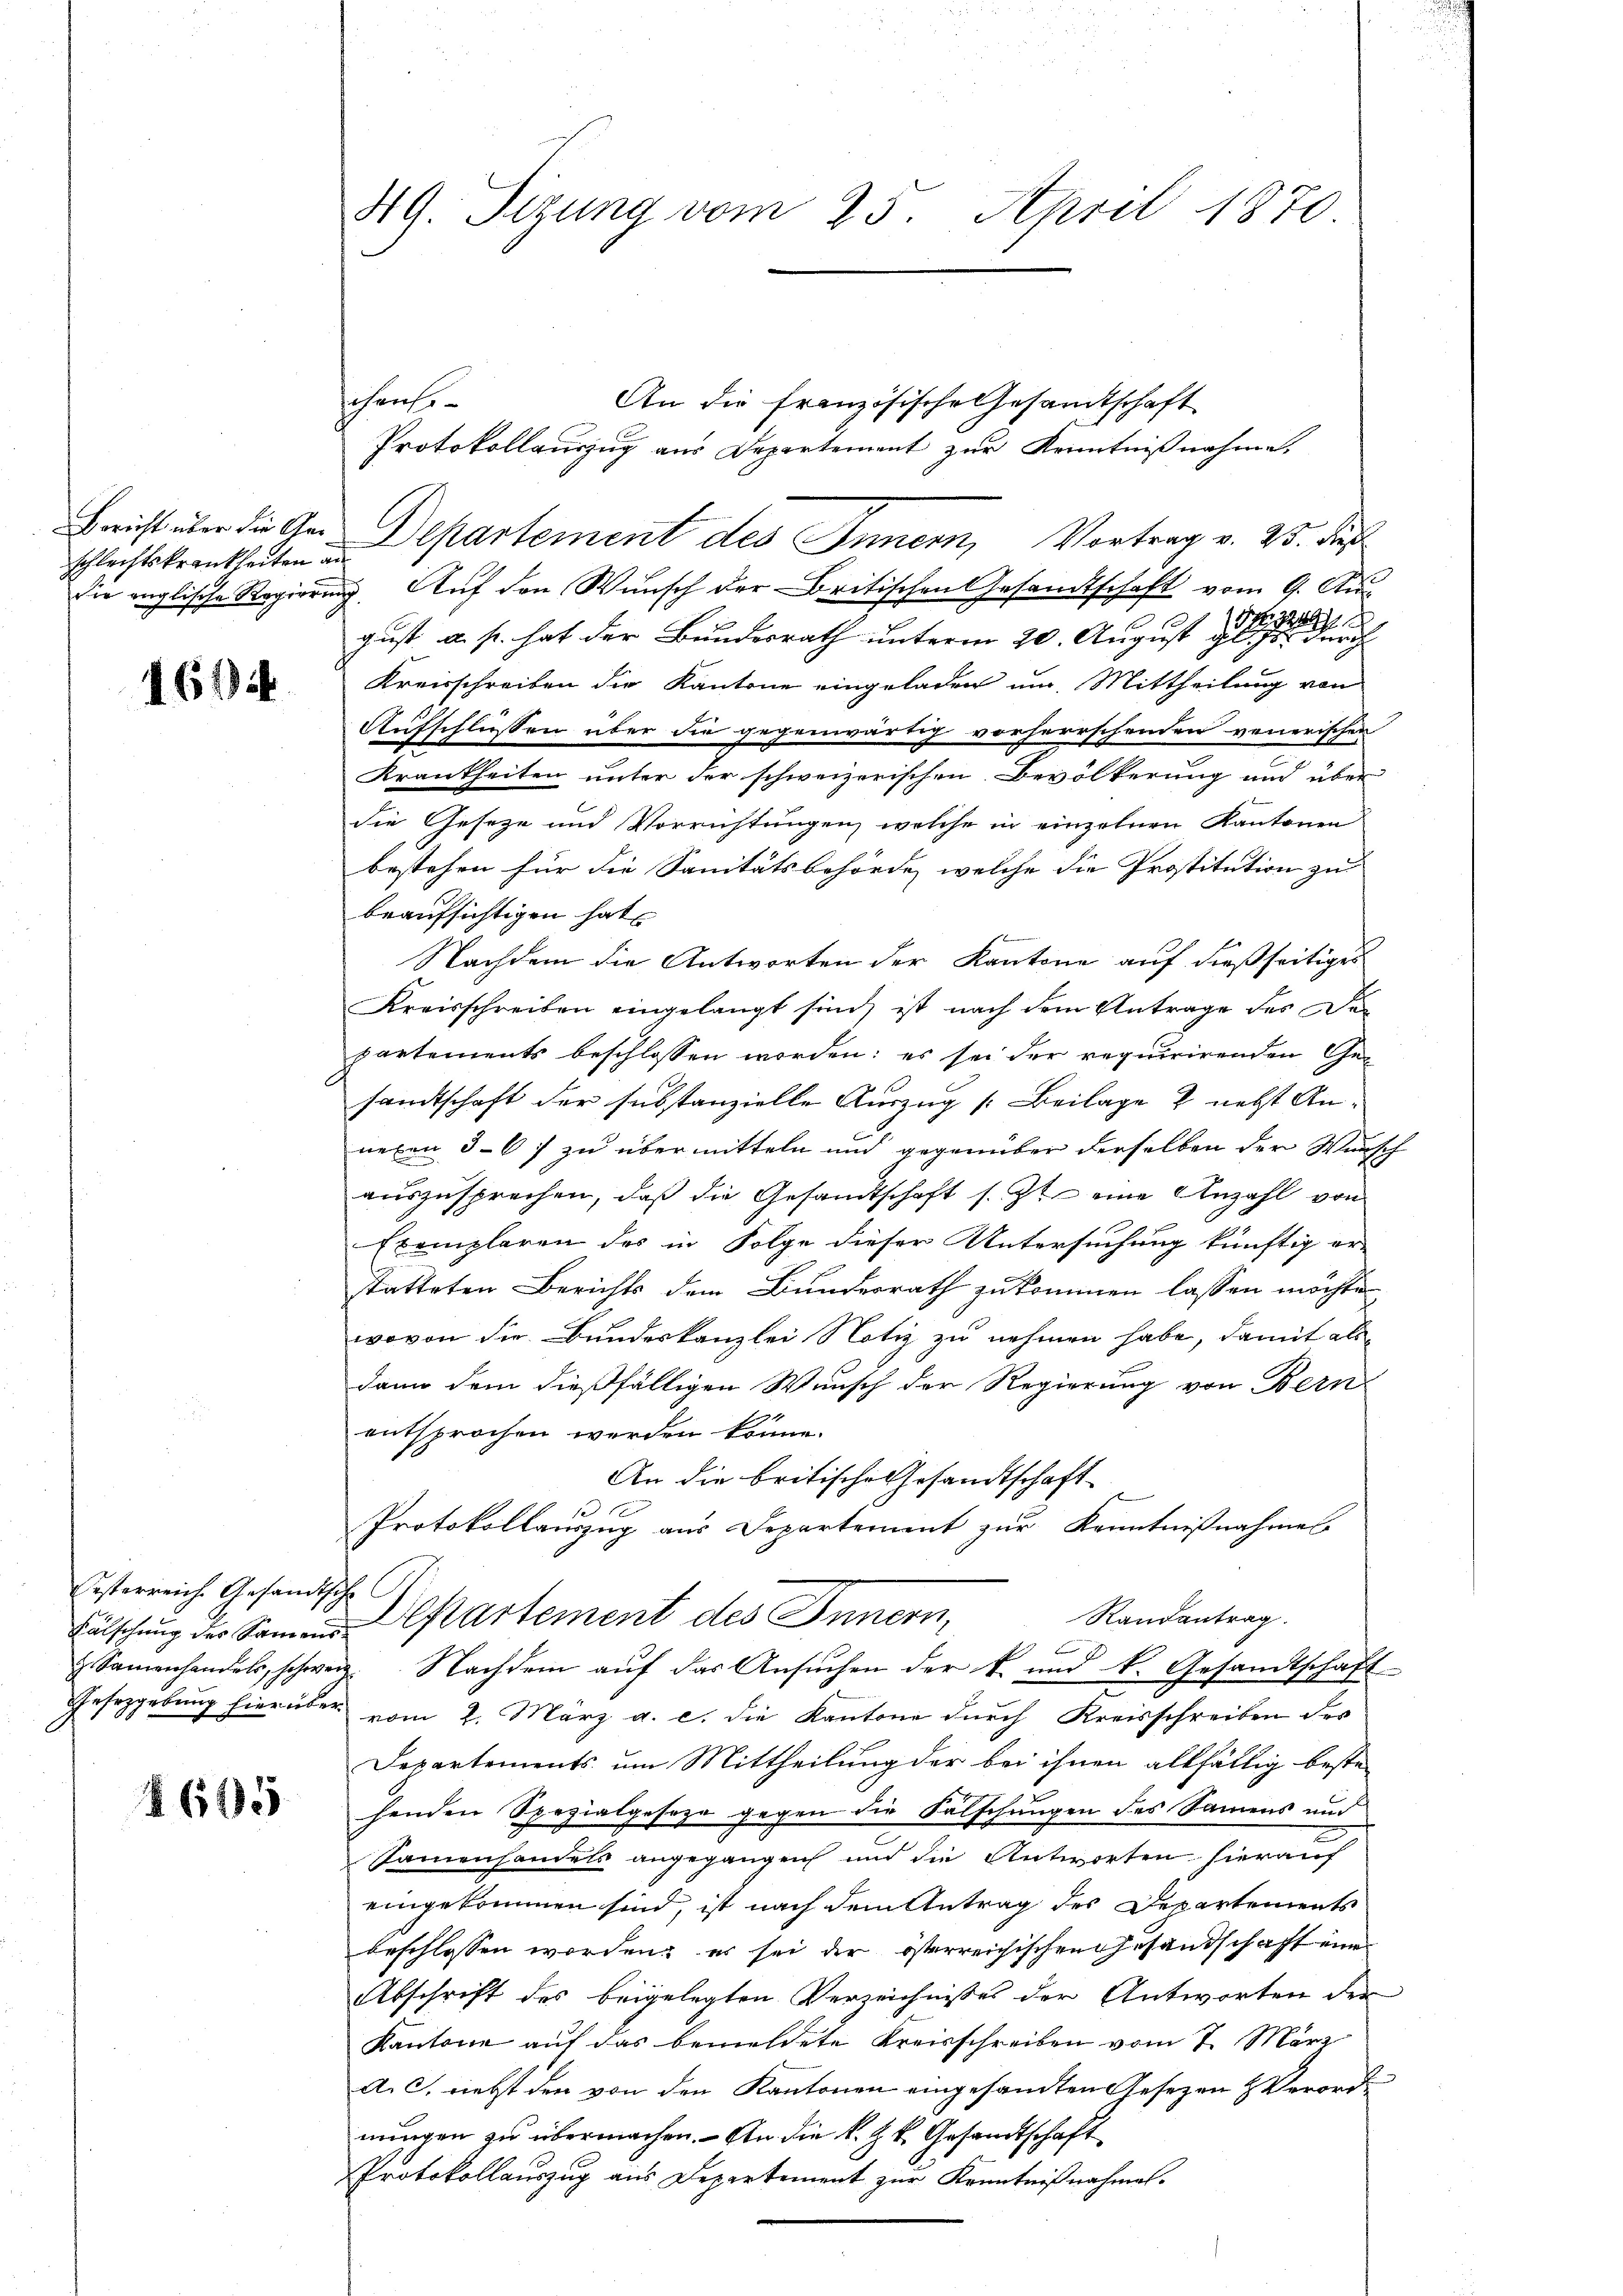
Schlechtskrankheiten an

1604

Esterreich. Gesandtsche

§ 615

49. Sizung vom 25. April 1870

An die französische Gesamtschaft
Protokollauszug aus Departement zur Kenntnißnahme,
Bericht über die Ger-Departement des Innern, Vortrag v. 25. die
die englische Regierung. Auf den Wunsch der Britischen Gesandtschaft vom 9. Au
gust. a. p. hat der Bundesrath unterm 20. August es seine
Kreisschreiben die Kantone eingeladen um Mittheilung von
Aufschlüssen über die gegenwärtig vorherrschenden venerischen
Krankheiten unter der schweizerischen Bevölkerung und über
die Geseze und Vorrichtungen, welche in einzelnen Kantonen
bestehen für die Sanitätsbehörde, welche die Prostitution zu |
beaufsichtigen hat

Nachdem die Antworten der Kantone auf dießseitiges
Kreisschreiben eingelangt sind, ist nach dem Antrage des Departements beschlossen worden; es sei der requirirenden Gesandtschaft der substanzielle Auszug [Beilage 2 nebst Anneben 5–6) zu übermitteln und gegenüber derselben der Wunsch
auszusprechen, daß die Gesandtschaft s. Zt. eine Anzahl von
Exemplaren des in Folge dieser Untersuchung künftig er-
statteten Berichts dem Bundesrath zukommen lassen möchte
wovon die Bundeskanzlei Notiz zu nehmen habe, damit als
dann dem dießfälligen Wunsch der Regierung von Bern
entsprochen werden könne.
An die britische Gesandtschaft
Protokollauszug aus Departement zur Kenntnißnahmes
Randantrag.
Fälschung der Samms Departement des Innern,
1
Samenhandels, schwer. Nachdem aŭf das Ansŭchen der k. und k. Gesandtschaft
Gesetzgebung hierüber vom 2. März a. c. die Kantone durch Kreisschreiben der
Departements um Mittheilung der bei ihnen allfällig beste
henden Spezialgeseze gegen die Falschungen des Samens und
Sammenhandels angegangen und die Antworten hierauf
eingekommen sind, ist nach dem Antrag des Departements
beschlossen worden; es sei der österreichischen Gesandschaft eine
Abschrift des beigelegten Verzeichnisses der Antworten der
Kantone auf das bemeldete Kreisschreiben vom 7. März
a. c. nebst den von den Kantonen eingesamten Gesezen & Verordnungen zu übermachen. - An die k. k. Gesandtschaft
Protokollauszug aus Departement zur Kenntnißnahmen.

Jahrese